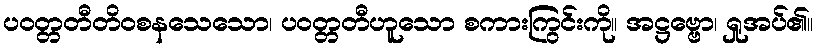
ပဝတ္တတီတိဝစနသေသော၊ ပဝတ္တတီဟူသော စကားကြွင်းကို။ အဋ္ဌဗ္ဗော၊ ရှုအပ်၏။